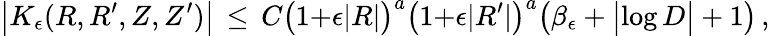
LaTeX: \bigl|K_{\epsilon}(R,R^{\prime},Z,Z^{\prime})\bigr|\, \le\, C\bigl(1{+}\epsilon|R|\bigr)^{a}\bigl(1{+}\epsilon|R^{\prime}|\bigr)^{a}\bigl(\beta_{\epsilon}+\bigl|\log D\bigr|+1\bigr)\, ,